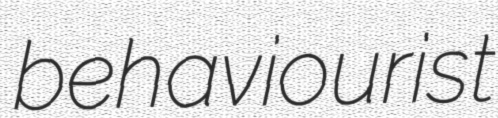
behaviourist